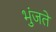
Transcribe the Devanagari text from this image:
भुंजते